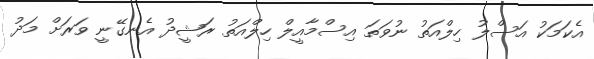
އެކަމަކު އަސްލު ހިލްއަތު ނުވަތަ އިސްމާއީލް ހިލްއަތު ރަޝީދު އެނގޭނީ ވަރަށް މަދު